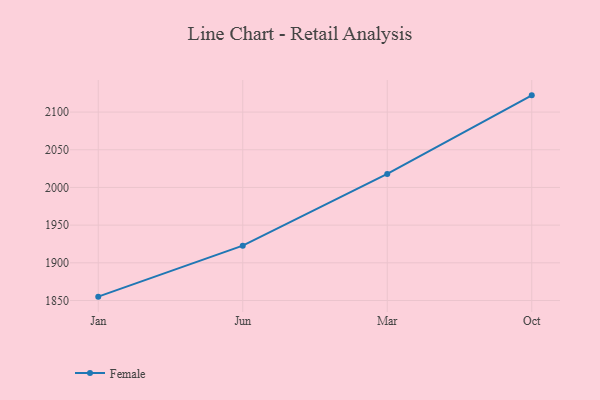
{"axis": {"x": "Month", "y": "Revenue (USD Million)"}, "legend": ["Female"], "data": [{"x": "Jan", "y": 1855.1, "type": "Female"}, {"x": "Jun", "y": 1922.8, "type": "Female"}, {"x": "Mar", "y": 2017.9, "type": "Female"}, {"x": "Oct", "y": 2122.2, "type": "Female"}]}